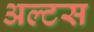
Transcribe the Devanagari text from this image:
अल्टस